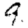
Digit: 9